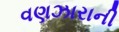
વણઝારાની